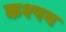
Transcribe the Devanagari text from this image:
कश्पय